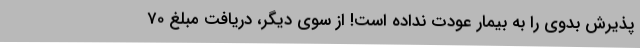
پذیرش بدوی را به بیمار عودت نداده است! از سوی دیگر، دریافت مبلغ 70